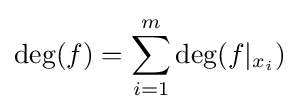
\deg(f)=\sum _{i=1}^{m}\deg(f|_{x_{i}})